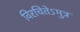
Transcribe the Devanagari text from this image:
विरचितेऽमुत्र